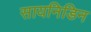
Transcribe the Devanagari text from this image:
सायनिडिन